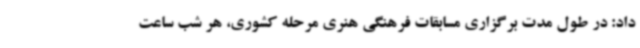
داد: در طول مدت برگزاری مسابقات فرهنگی هنری مرحله کشوری، هر شب ساعت